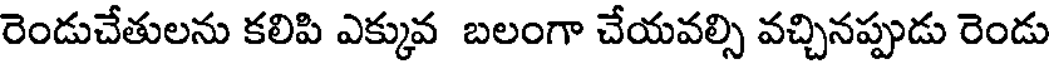
రెండుచేతులను కలిపి ఎక్కువ బలంగా చేయవల్సి వచ్చినప్పుడు రెండు